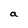
Character: a